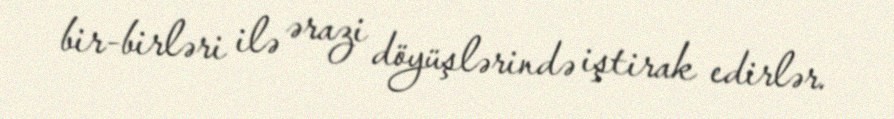
bir-birləri ilə ərazi döyüşlərində iştirak edirlər.